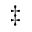
^ \ddag